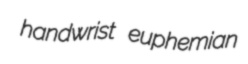
handwrist euphemian